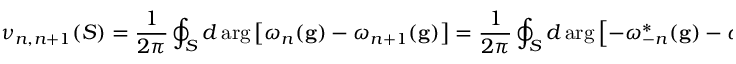
\nu _ { n , n + 1 } ( S ) = \frac { 1 } { 2 \pi } \oint _ { S } d \arg \left[ \omega _ { n } ( \mathbf { g } ) - \omega _ { n + 1 } ( \mathbf { g } ) \right] = \frac { 1 } { 2 \pi } \oint _ { S } d \arg \left[ - \omega _ { - n } ^ { * } ( \mathbf { g } ) - \omega _ { - n - 1 } ^ { * } ( \mathbf { g } ) \right] = - \nu _ { - n , - n - 1 } ( S ) ,